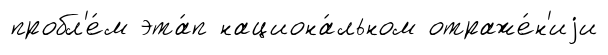
пробл'е́м эта́п национа́льном отраже́н'иjи